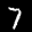
Label: 7